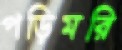
পড়িমরি